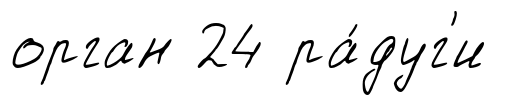
орган 24 ра́дуг'и